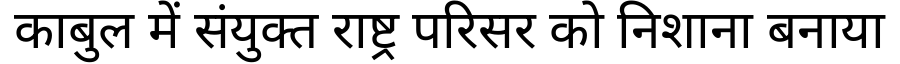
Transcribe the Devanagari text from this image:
काबुल में संयुक्त राष्ट्र परिसर को निशाना बनाया